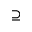
\supseteq